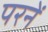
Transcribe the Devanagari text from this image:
परनें